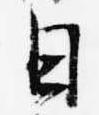
日